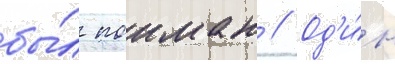
бы́л поиман // Од'и́н